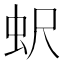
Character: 蚇